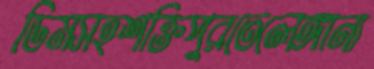
ডিমসহশক্তিপুরতেলেঙ্গানা